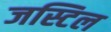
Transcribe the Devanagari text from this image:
जस्टिल